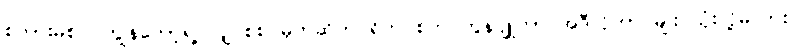
စကားမစပ် ကျွန်တော့်ရဲ့ လျှပ်စစ် မုတ်ဆိတ် ရိတ် စက် ကွန်ပျူတာ အဲဒီလိုဟာ မျိုး သုံးလို့မလား။